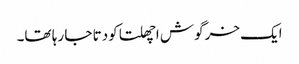
ایک خرگوش اچھلتا کودتا جا رہا تھا۔